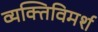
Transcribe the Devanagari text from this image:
व्यक्तिविमर्श